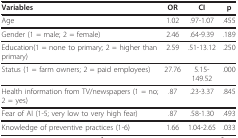
<table><thead><tr><td><b>Variables</b></td><td><b>OR</b></td><td><b>CI</b></td><td><b>p</b></td></tr></thead><tbody><tr><td>Age</td><td>1.02</td><td>.97-1.07</td><td>.455</td></tr><tr><td>Gender (1 = male; 2 = female)</td><td>2.46</td><td>.64-9.39</td><td>.189</td></tr><tr><td>Education(1 = none to primary; 2 = higher than primary)</td><td>2.59</td><td>.51-13.12</td><td>.250</td></tr><tr><td>Status (1 = farm owners; 2 = paid employees)</td><td>27.76</td><td>5.15-149.52</td><td>.000</td></tr><tr><td>Health information from TV/newspapers (1 = no; 2 = yes)</td><td>.87</td><td>.23-3.37</td><td>.845</td></tr><tr><td>Fear of AI (1-5; very low to very high fear)</td><td>.87</td><td>.58-1.30</td><td>.493</td></tr><tr><td>Knowledge of preventive practices (1-6)</td><td>1.66</td><td>1.04-2.65</td><td>.033</td></tr></tbody></table>